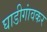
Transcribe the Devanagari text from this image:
घाडीगांवकर